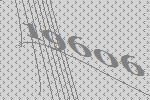
19606